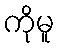
ကိုမူ